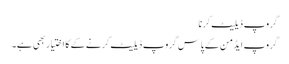
گروپ ڈیلیٹ کرنا
گروپ ایڈمن کے پاس گروپ ڈیلیٹ کرنے کے کا اختیار بھی ہے۔